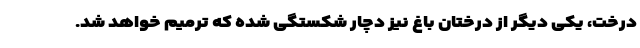
درخت، یکی دیگر از درختان باغ نیز دچار شکستگی شده که ترمیم خواهد شد.